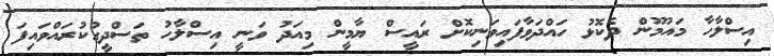
އިސްލާހާ މައުމޫން ދެކޮޅު ހައްދަވާފައިވަނިކޮށް ރައީސް ޔާމީން މިއަދު ވަނީ އިސްލާހު ތަސްދީގުކުރައްވައިފަ